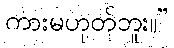
ကားမဟုတ်ဘူး။”